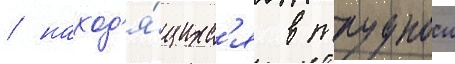
/ наход'я́щихс'я в труднои